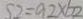
S 2 = a _ { 2 } \times b _ { 2 }